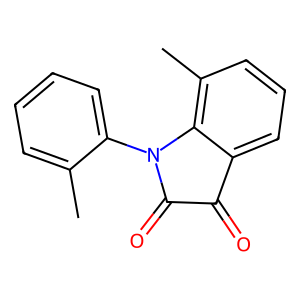
SMILES: Cc1ccccc1N1C(=O)C(=O)c2cccc(C)c21
Inhibits HIV replication: No